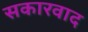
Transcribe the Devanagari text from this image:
सकारवाद